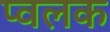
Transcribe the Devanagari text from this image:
प्वलक